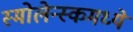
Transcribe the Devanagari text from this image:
स्मोलेन्स्कमध्ये